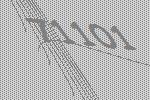
71101